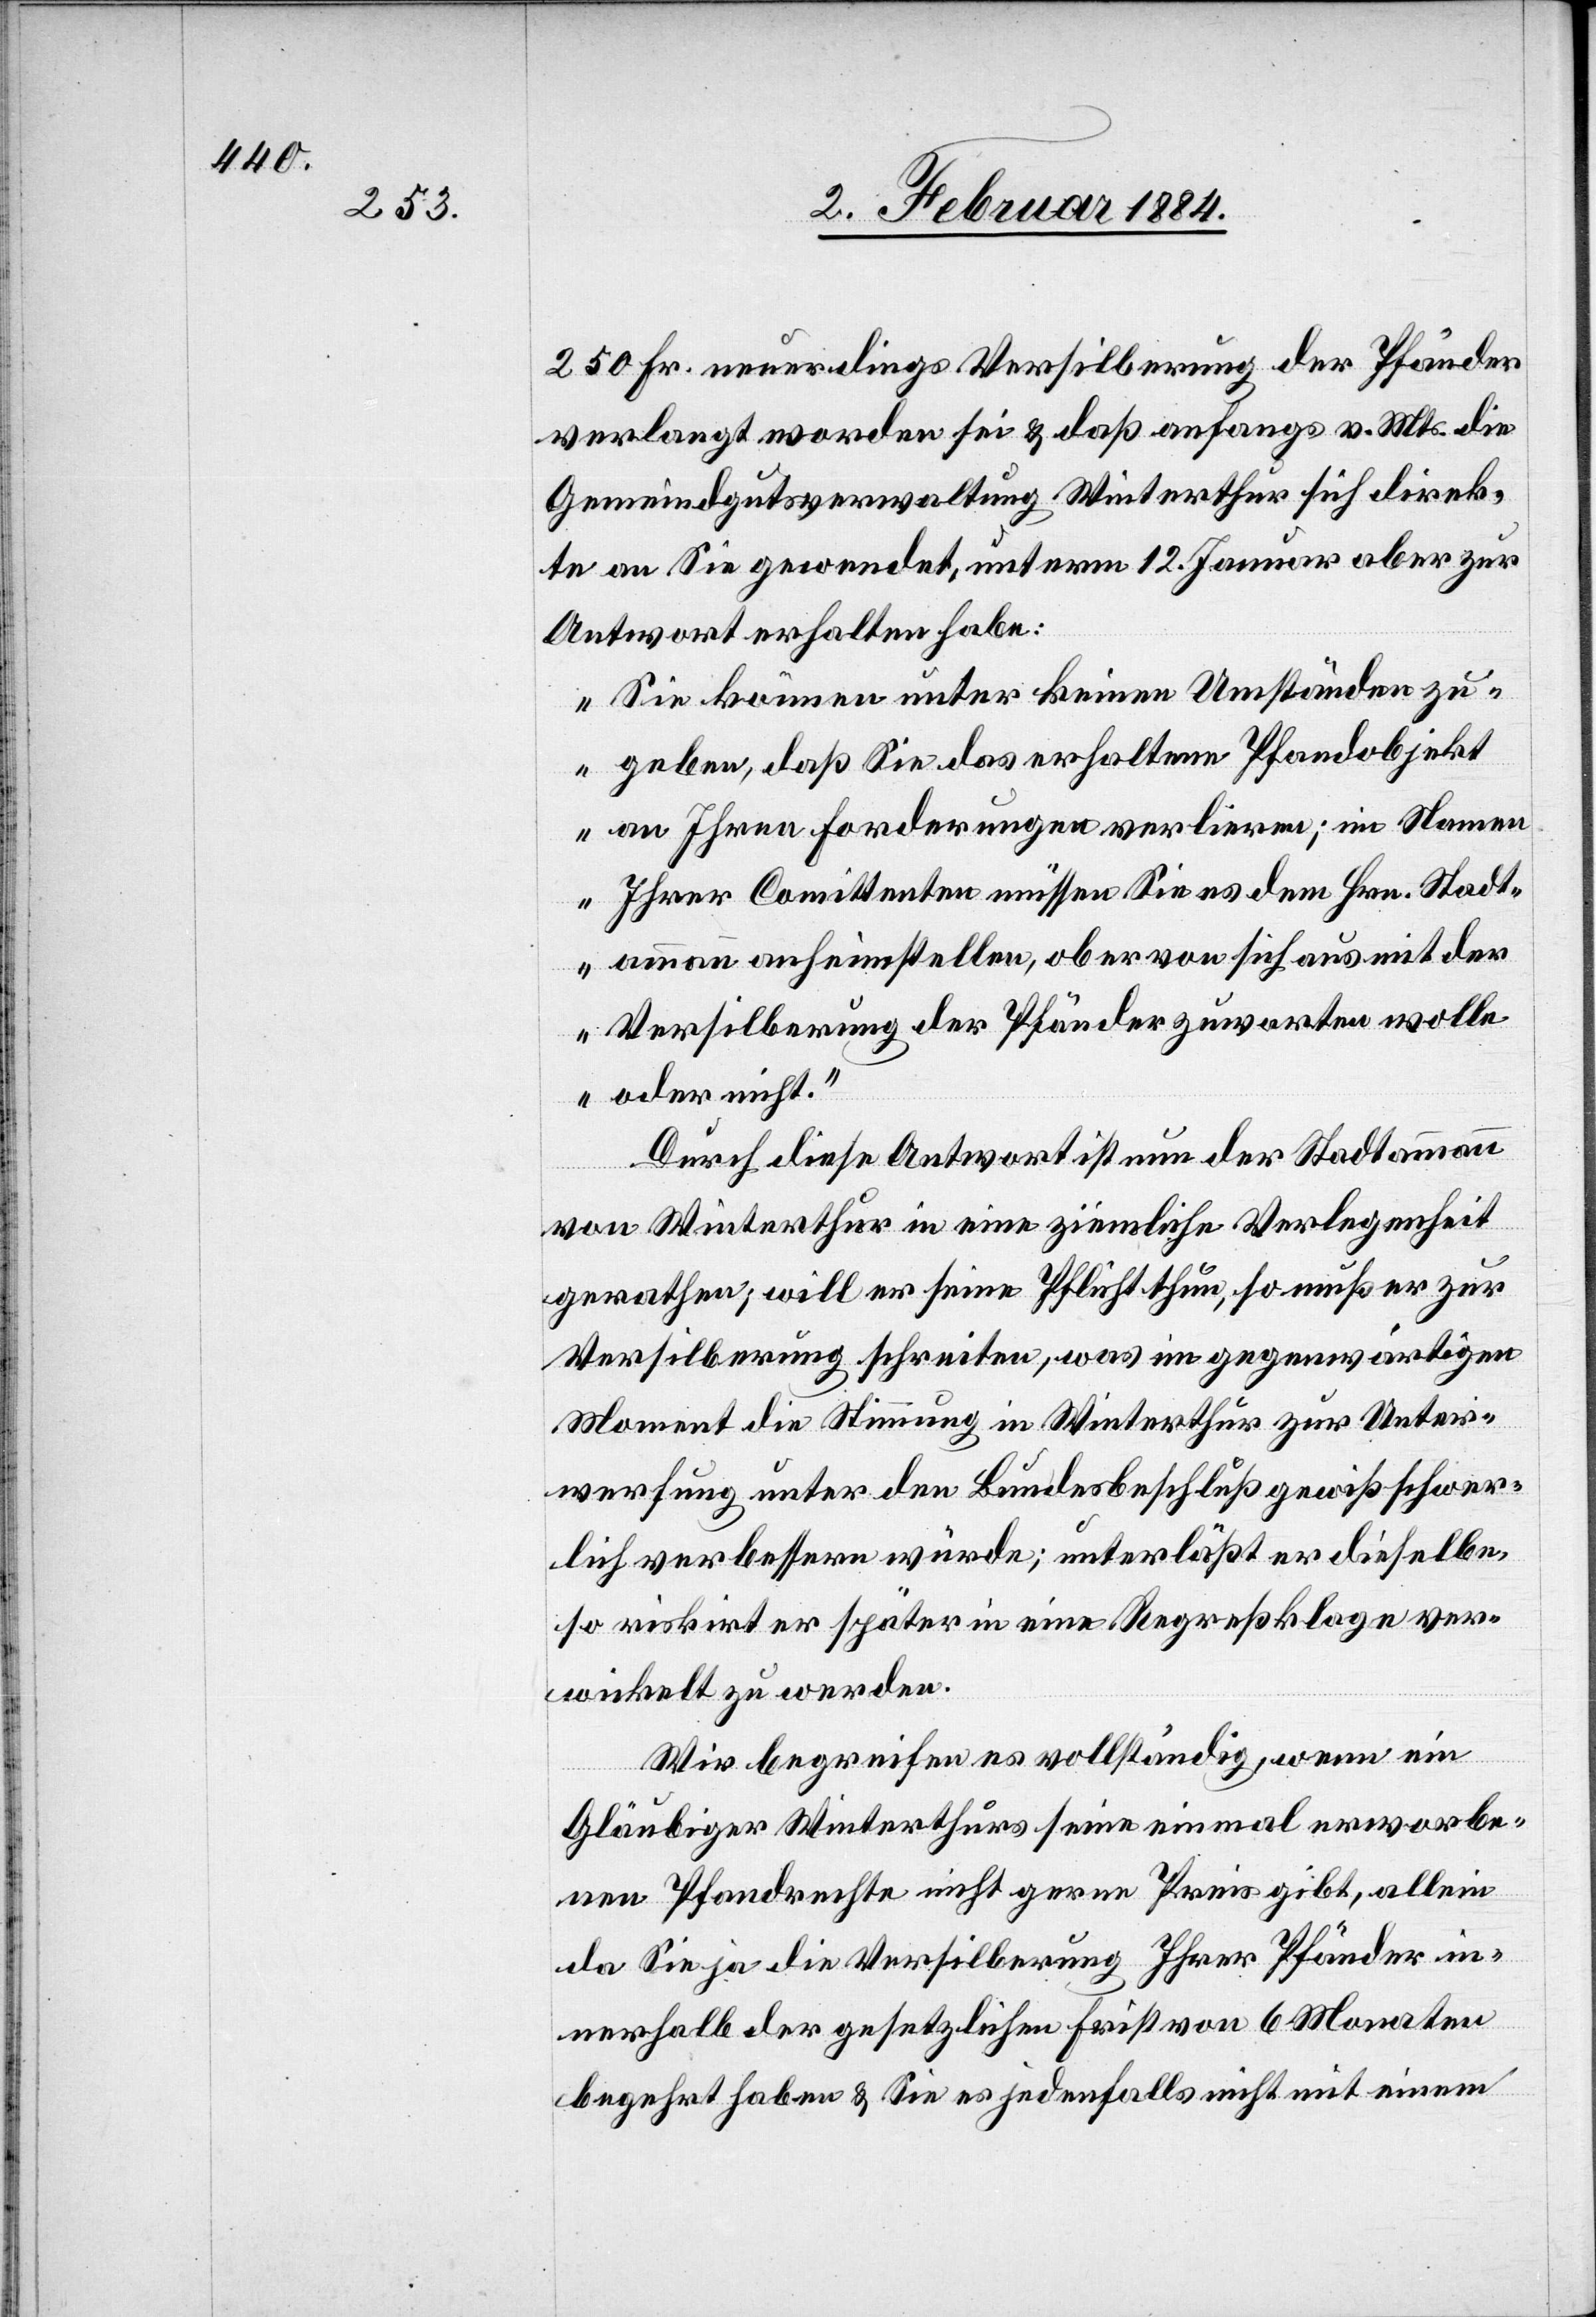
250 Fr. neuerdings Versilberung der Pfänder
verlangt worden sei & daß anfangs v. Mts. die
Gemeindegutsverwaltung Winterthur sich direk¬
te an Sie gewendet, unterm 12. Januar aber zur
Antwort erhalten habe:
„Sie können unter keinen Umständen zu¬
geben, daß Sie das erhaltene Pfandobjekt
an Ihre Forderungen verlieren; im Namen
Ihrer Comittenten müssen Sie es dem Hrn. Stadt¬
ammann anhinstellen, ob er von sich aus mit der
Versilberung der Pfänder zuwarten wolle
oder nicht.“
Durch diese Antwort ist nun der Stadtammann
von Winterthur in eine ziemliche Verlegenheit
gerathen; will er seine Pflicht thun, so muß er zur
Versilberung schreiten, was im gegenwärtigen
Moment die Stimmung in Winterthur zur Unter¬
werfung unter den Bundesbeschluß gewiß schwer¬
lich verbessern würde; unterläßt er dieselbe,
so riskirt er später in eine Regreßklage ver¬
wickelt zu werden.
Wir begreifen es vollständig, wenn ein
Gläubiger Winterthurs seine einmal erworbe¬
nen Pfandrechte nicht gerne Preis gibt, allein
da Sie ja die Versilberung Ihrer Pfänder in¬
nerhalb der gesetzlichen Frist von 6 Monaten
begehrt haben & Sie es jedenfalls nicht mit einem